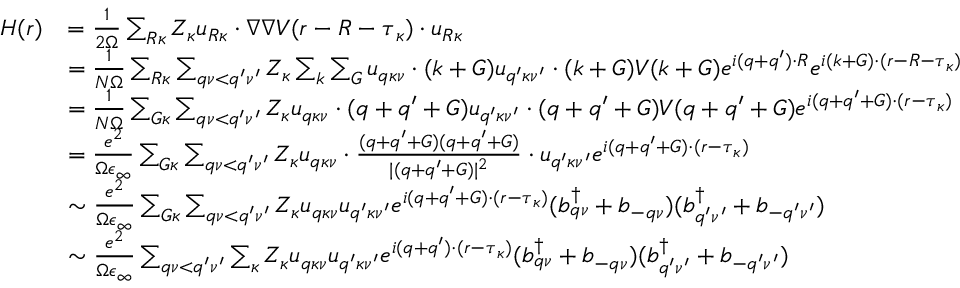
\begin{array} { r l } { H ( \boldsymbol { r } ) } & { = \frac { 1 } { 2 \Omega } \sum _ { \boldsymbol { R } \kappa } Z _ { \kappa } \boldsymbol { u } _ { \boldsymbol { R } \kappa } \cdot \nabla \nabla V ( \boldsymbol { r } - \boldsymbol { R } - \boldsymbol { \tau } _ { \kappa } ) \cdot \boldsymbol { u } _ { \boldsymbol { R } \kappa } } \\ & { = \frac { 1 } { N \Omega } \sum _ { \boldsymbol { R } \kappa } \sum _ { \boldsymbol { q } \nu < \boldsymbol { q } ^ { \prime } \nu ^ { \prime } } Z _ { \kappa } \sum _ { \boldsymbol { k } } \sum _ { \boldsymbol { G } } \boldsymbol { u } _ { \boldsymbol { q } \kappa \nu } \cdot ( \boldsymbol { k } + \boldsymbol { G } ) \boldsymbol { u } _ { \boldsymbol { q } ^ { \prime } \kappa \nu ^ { \prime } } \cdot ( \boldsymbol { k } + \boldsymbol { G } ) V ( \boldsymbol { k } + \boldsymbol { G ) } e ^ { i ( \boldsymbol { q } + \boldsymbol { q } ^ { \prime } ) \cdot \boldsymbol { R } } e ^ { i ( \boldsymbol { k } + \boldsymbol { G } ) \cdot ( \boldsymbol { r } - \boldsymbol { R } - \boldsymbol { \tau } _ { \kappa } ) } } \\ & { = \frac { 1 } { N \Omega } \sum _ { \boldsymbol { G } \kappa } \sum _ { \boldsymbol { q } \nu < \boldsymbol { q } ^ { \prime } \nu ^ { \prime } } Z _ { \kappa } \boldsymbol { u } _ { \boldsymbol { q } \kappa \nu } \cdot ( \boldsymbol { q } + \boldsymbol { q } ^ { \prime } + \boldsymbol { G } ) \boldsymbol { u } _ { \boldsymbol { q } ^ { \prime } \kappa \nu ^ { \prime } } \cdot ( \boldsymbol { q } + \boldsymbol { q } ^ { \prime } + \boldsymbol { G } ) V ( \boldsymbol { q } + \boldsymbol { q } ^ { \prime } + \boldsymbol { G } ) e ^ { i ( \boldsymbol { q } + \boldsymbol { q } ^ { \prime } + \boldsymbol { G } ) \cdot ( \boldsymbol { r } - \boldsymbol { \tau } _ { \kappa } ) } } \\ & { = \frac { e ^ { 2 } } { \Omega \epsilon _ { \infty } } \sum _ { \boldsymbol { G } \kappa } \sum _ { \boldsymbol { q } \nu < \boldsymbol { q } ^ { \prime } \nu ^ { \prime } } Z _ { \kappa } \boldsymbol { u } _ { \boldsymbol { q } \kappa \nu } \cdot \frac { ( \boldsymbol { q } + \boldsymbol { q } ^ { \prime } + \boldsymbol { G } ) ( \boldsymbol { q } + \boldsymbol { q } ^ { \prime } + \boldsymbol { G } ) } { | ( \boldsymbol { q } + \boldsymbol { q } ^ { \prime } + \boldsymbol { G } ) | ^ { 2 } } \cdot \boldsymbol { u } _ { \boldsymbol { q } ^ { \prime } \kappa \nu ^ { \prime } } e ^ { i ( \boldsymbol { q } + \boldsymbol { q } ^ { \prime } + \boldsymbol { G } ) \cdot ( \boldsymbol { r } - \boldsymbol { \tau } _ { \kappa } ) } } \\ & { \sim \frac { e ^ { 2 } } { \Omega \epsilon _ { \infty } } \sum _ { \boldsymbol { G } \kappa } \sum _ { \boldsymbol { q } \nu < \boldsymbol { q } ^ { \prime } \nu ^ { \prime } } Z _ { \kappa } u _ { \boldsymbol { q } \kappa \nu } u _ { \boldsymbol { q } ^ { \prime } \kappa \nu ^ { \prime } } e ^ { i ( \boldsymbol { q } + \boldsymbol { q } ^ { \prime } + \boldsymbol { G } ) \cdot ( \boldsymbol { r } - \boldsymbol { \tau } _ { \kappa } ) } ( b _ { \boldsymbol { q } \nu } ^ { \dagger } + b _ { \boldsymbol { - q } \nu } ) ( b _ { \boldsymbol { q } ^ { \prime } \nu ^ { \prime } } ^ { \dagger } + b _ { \boldsymbol { - q } ^ { \prime } \nu ^ { \prime } } ) } \\ & { \sim \frac { e ^ { 2 } } { \Omega \epsilon _ { \infty } } \sum _ { \boldsymbol { q } \nu < \boldsymbol { q } ^ { \prime } \nu ^ { \prime } } \sum _ { \kappa } Z _ { \kappa } u _ { \boldsymbol { q } \kappa \nu } u _ { \boldsymbol { q } ^ { \prime } \kappa \nu ^ { \prime } } e ^ { i ( \boldsymbol { q } + \boldsymbol { q } ^ { \prime } ) \cdot ( \boldsymbol { r } - \boldsymbol { \tau } _ { \kappa } ) } ( b _ { \boldsymbol { q } \nu } ^ { \dagger } + b _ { \boldsymbol { - q } \nu } ) ( b _ { \boldsymbol { q } ^ { \prime } \nu ^ { \prime } } ^ { \dagger } + b _ { \boldsymbol { - q } ^ { \prime } \nu ^ { \prime } } ) } \end{array}